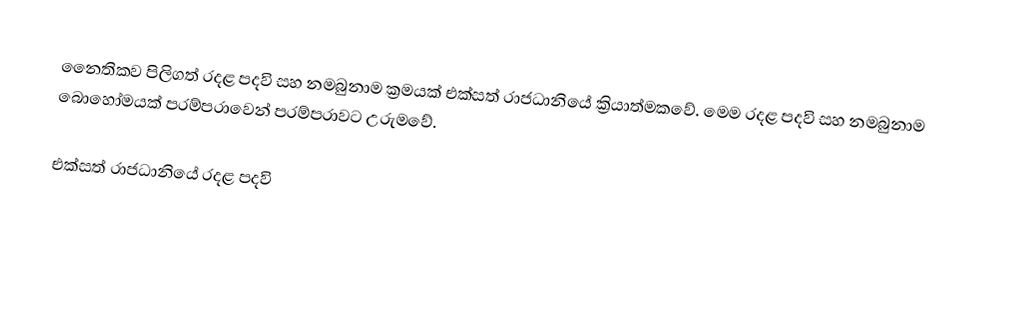
නෛතිකව පිලිගත් රදළ පදවි සහ නමබුනාම ක්‍රමයක් එක්සත් රාජධානියේ ක්‍රියාත්මකවේ. මෙම  රදළ පදවි සහ නමබුනාම බොහෝමයක් පරම්පරාවෙන් පරම්පරාවට උරුමවේ.

එක්සත් රාජධානියේ රදළ පදවි